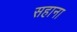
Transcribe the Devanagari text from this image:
सहाना